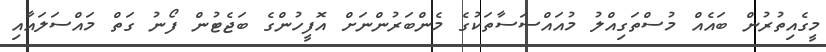
މީގެއިތުރުން ބައެއް މުސްތަގިއްލު މުއައްސަސާތަކުގެ މެންބަރުންނަށް އޮފީހުންގެ ބަޖެޓުން ފޯނު ގަތް މައްސަލައާއި